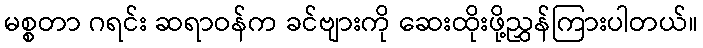
မစ္စတာ ဂရင်း ဆရာဝန်က ခင်ဗျားကို ဆေးထိုးဖို့ညွှန်ကြားပါတယ်။